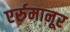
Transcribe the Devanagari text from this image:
एर्रुमानूर